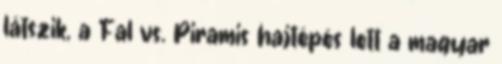
látszik, a Fal vs. Piramis hajtépés lett a magyar